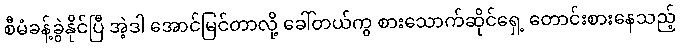
စီမံခန့်ခွဲနိုင်ပြီ အဲ့ဒါ အောင်မြင်တာလို့ ခေါ်တယ်ကွ စားသောက်ဆိုင်ရှေ့ တောင်းစားနေသည့်